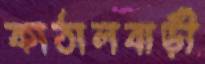
কাঠালবাড়ী